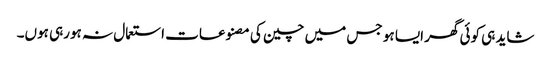
شاید ہی کوئی گھر ایسا ہو جس میں چین کی مصنوعات استعمال نہ ہورہی ہوں۔